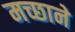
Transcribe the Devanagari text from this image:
मच्छाने